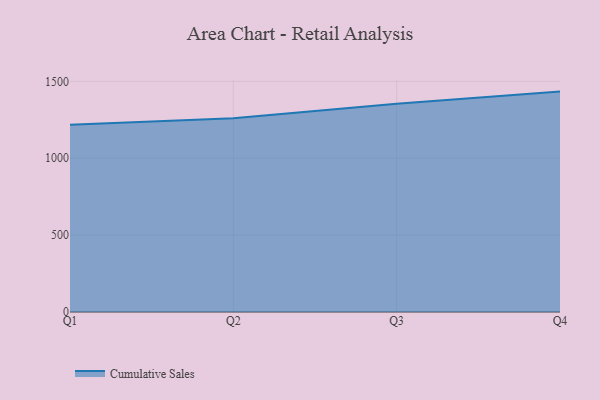
{"axis": {"x": "Quarter", "y": "LTV (USD)"}, "legend": ["Cumulative Sales"], "data": [{"x": "Q1", "y": 1217.7, "type": "Cumulative Sales"}, {"x": "Q2", "y": 1259.4, "type": "Cumulative Sales"}, {"x": "Q3", "y": 1355.0, "type": "Cumulative Sales"}, {"x": "Q4", "y": 1433.4, "type": "Cumulative Sales"}]}